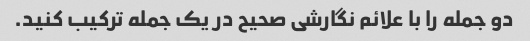
دو جمله را با علائم نگارشی صحیح در یک جمله ترکیب کنید.